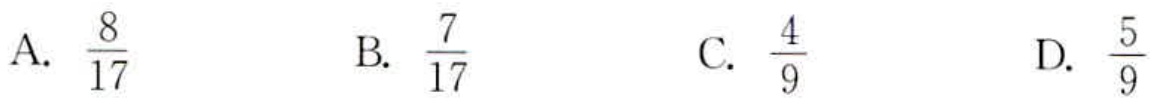
A. \(\frac{8}{17}\)

B. \(\frac{7}{17}\)

C. \(\frac{4}{9}\)

D. \(\frac{5}{9}\)